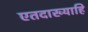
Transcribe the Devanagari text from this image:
एतदाख्याहि